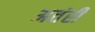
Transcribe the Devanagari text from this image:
अतंरीं